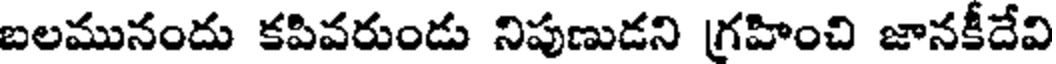
బలమునందు కపివరుండు నిపుణుడని గ్రహించి జానకీదేవి